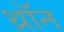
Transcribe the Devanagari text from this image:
थ्रॉन